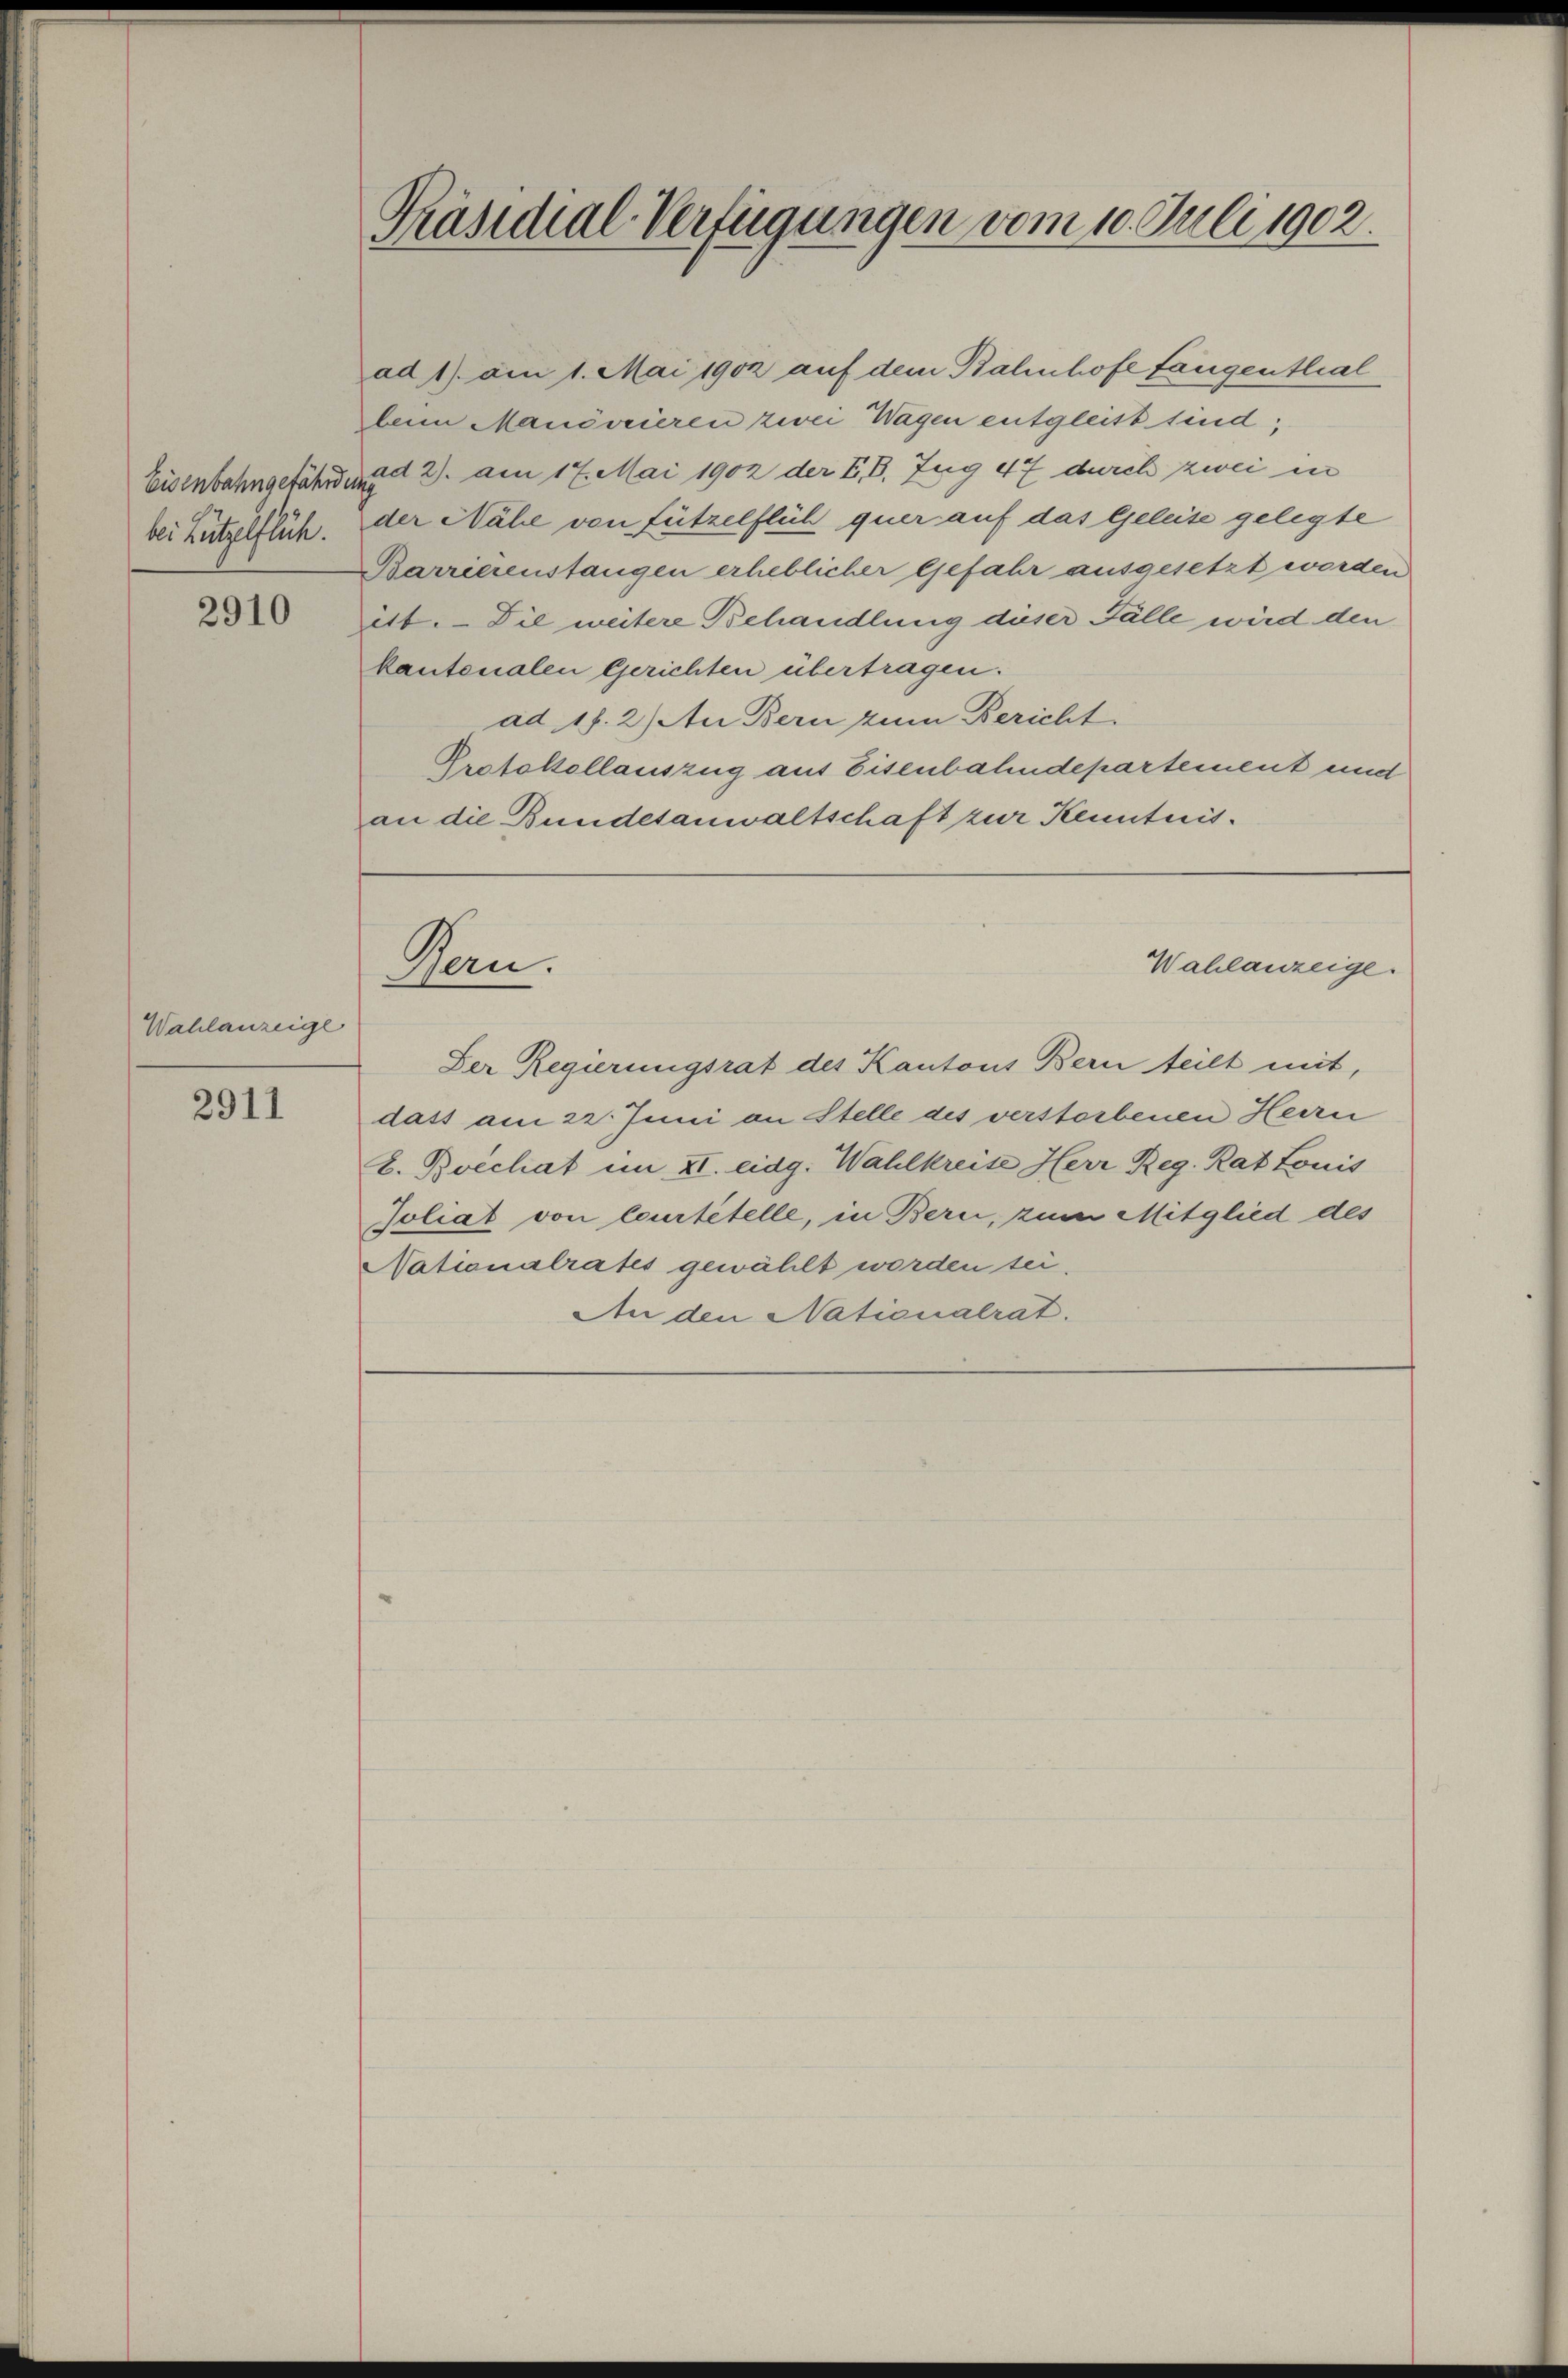
Eisenbahngefährden
bei Lützelflüh.

2910

Wahlanzeige

2911

Präsidial-Verfügungen vom 10. Juli 1902.

ad 1) am 1. Mai 1902 auf dem Bahnhofe fangenthal
bem Manövrieren zwei Wagen entgleist sind;
ad 2. am 17. Mai 1902 der E. B. Zug 47 durch zwei in
der Nähe von fützelflüh quer auf das Geleise gelegte
Barrierenstangen erheblicher Gefahr ausgesetzt worden
itt. Die weitere Behandlung dieser Fälle wird den
kantonalen Gerichten übertragen.
ad 17. 2) An Bern zum Bericht
Protokollauszug aus Eisenbahndepartement und
an die Bundesanwaltschaft zur Kenntnis.
Wahlanzeige.
Ven.
Der Regierungsrat des Kantons Bern teilt mit,
dass am 22. Juni an Stelle des verstorbenen Herrn
E. Boechat im II. eidg. Wahlkreise Herr Reg. Rat Louis
Joliat von leurtetelle, in Bern, zum Mitglied des
Nationalrates gewählt worden sei,
An den Nationalrat.